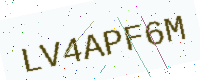
Text: LV4APF6M